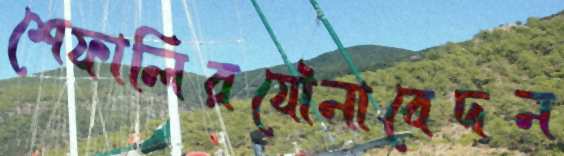
শেফালিরযৌনাবেদন